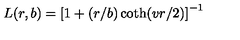
L ( r , b ) = \left[ 1 + ( r / b ) \coth ( v r / 2 ) \right] ^ { - 1 }